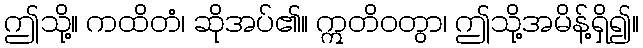
ဤသို့။ ကထိတံ၊ ဆိုအပ်၏။ ဣတိဝတွာ၊ ဤသို့အမိန့်ရှိ၍။